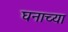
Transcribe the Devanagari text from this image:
घनाच्या